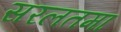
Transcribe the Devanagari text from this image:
सरलतमा